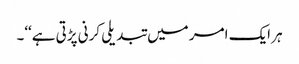
ہر ایک امر میں تبدیلی کرنی پڑتی ہے‘‘۔